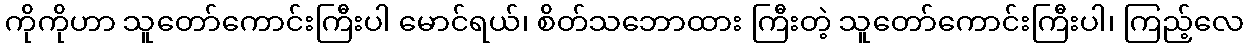
ကိုကိုဟာ သူတော်ကောင်းကြီးပါ မောင်ရယ်၊ စိတ်သဘောထား ကြီးတဲ့ သူတော်ကောင်းကြီးပါ၊ ကြည့်လေ